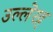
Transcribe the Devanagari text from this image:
उल्लॆख्